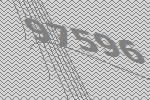
97596